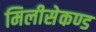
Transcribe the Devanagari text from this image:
मिलीसेकण्ड